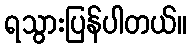
ရသွားပြန်ပါတယ်။